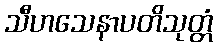
သီဟသေနာပတိသုတ္တံ